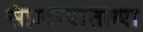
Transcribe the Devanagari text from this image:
संप्रदायातल्या